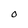
Character: 0